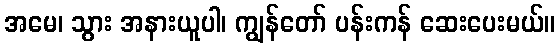
အမေ၊ သွား အနားယူပါ၊ ကျွန်တော် ပန်းကန် ဆေးပေးမယ်။